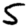
Digit: 5